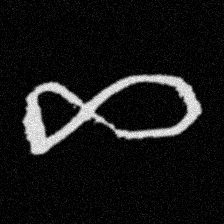
Pyu character \u2014 Myanmar letter: ဆ (romanized: cha)